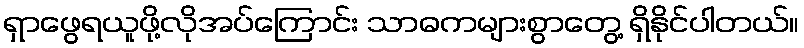
ရှာဖွေရယူဖို့လိုအပ်ကြောင်း သာဓကများစွာတွေ့ ရှိနိုင်ပါတယ်။